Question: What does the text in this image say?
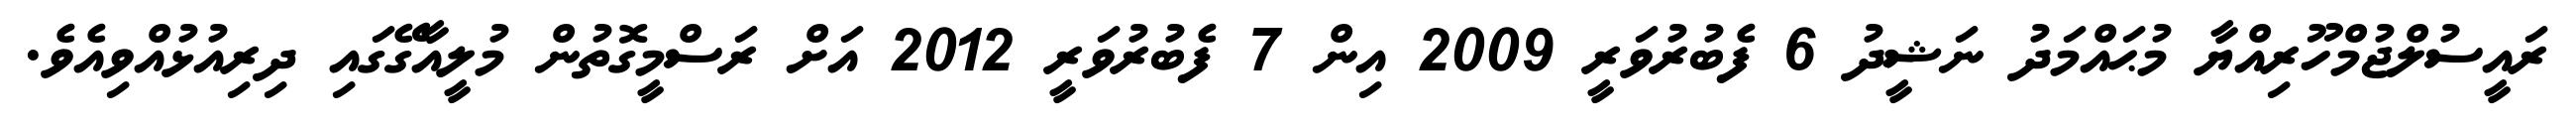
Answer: ރައީސުލްޖުމްހޫރިއްޔާ މުޙައްމަދު ނަޝީދު 6 ފެބުރުވަރީ 2009 އިން 7 ފެބުރުވަރީ 2012 އަށް ރަސްމީގޮތުން މުލީއާގޭގައި ދިރިއުޅުއްވިއެވެ.